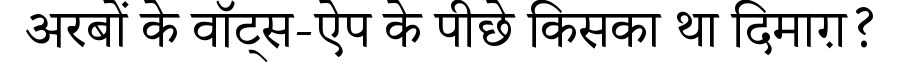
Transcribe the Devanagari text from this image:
अरबों के वॉट्स-ऐप के पीछे किसका था दिमाग़?